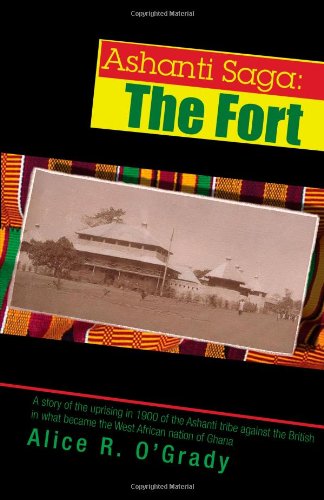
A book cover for Ashanti Saga: The Fort; Alice O'Grady; Teen & Young Adult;